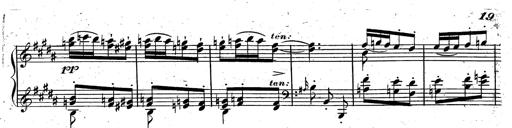
Title: Rondeau fantastique sur un thÃ¨me espagnol
Composer: Franz Liszt